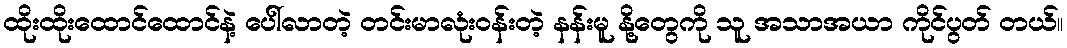
ထိုးထိုးထောင်ထောင်နဲ့ ပေါ်လာတဲ့ တင်းမာလုံးဝန်းတဲ့ နန်းမူ နို့တွေကို သူ အသာအယာ ကိုင်ပွတ် တယ်။